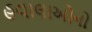
હવાલાઓનો